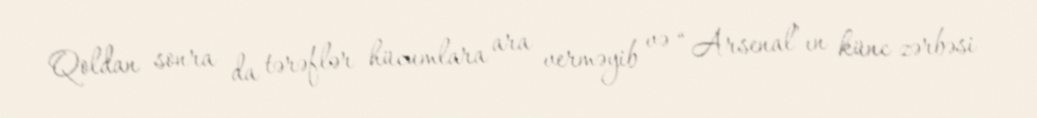
Qoldan sonra da tərəflər hücumlara ara verməyib və “Arsenal”ın künc zərbəsi